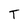
Character: T